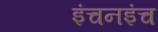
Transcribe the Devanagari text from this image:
इंचनइंच